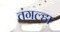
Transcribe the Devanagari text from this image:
तंगल्हा